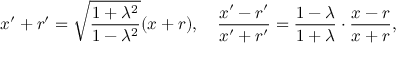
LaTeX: x ^ { \prime } + r ^ { \prime } = { \sqrt { \frac { 1 + \lambda ^ { 2 } } { 1 - \lambda ^ { 2 } } } } ( x + r ) , \quad { \frac { x ^ { \prime } - r ^ { \prime } } { x ^ { \prime } + r ^ { \prime } } } = { \frac { 1 - \lambda } { 1 + \lambda } } \cdot { \frac { x - r } { x + r } } ,